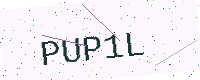
Text: PUP1L